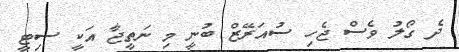
ދެ ގޯލު ވެސް ޖެހި ސުއަރޭޒް ބުނީ މި ނަތީޖާ އަކީ ސިޓީ